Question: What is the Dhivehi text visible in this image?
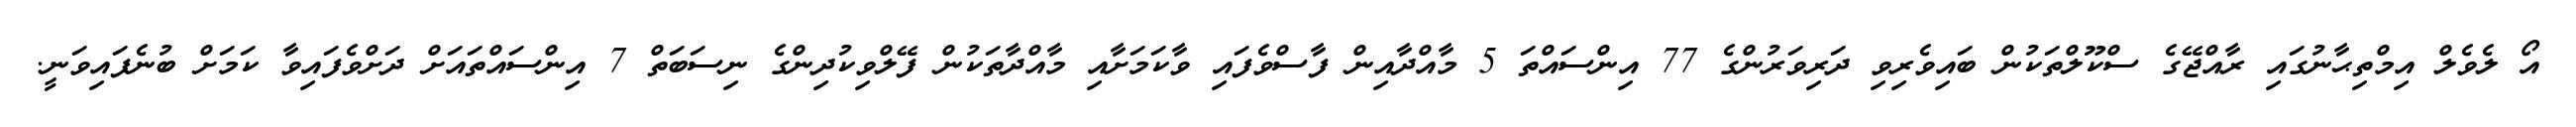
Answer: އޯ ލެވެލް އިމްތިޙާނުގައި ރާއްޖޭގެ ސްކޫލްތަކުން ބައިވެރިވި ދަރިވަރުންގެ 77 އިންސައްތަ 5 މާއްދާއިން ފާސްވެފައި ވާކަމަށާއި މާއްދާތަކުން ފޭލްވިކުދިންގެ ނިސަބަތް 7 އިންސައްތައަށް ދަށްވެފައިވާ ކަމަށް ބުނެފައިވަނީ.